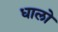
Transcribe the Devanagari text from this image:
धालो